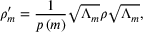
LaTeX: \rho _ { m } ^ { \prime } = { \frac { 1 } { p \left( m \right) } } { \sqrt { \Lambda _ { m } } } \rho { \sqrt { \Lambda _ { m } } } ,